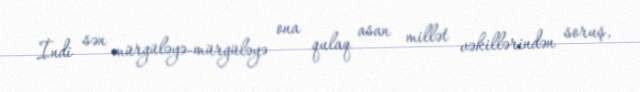
İndi sən mürgüləyə-mürgüləyə ona qulaq asan millət vəkillərindən soruş,